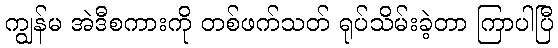
ကျွန်မ အဲဒီစကားကို တစ်ဖက်သတ် ရုပ်သိမ်းခဲ့တာ ကြာပါပြီ